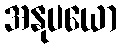
အနုပယော